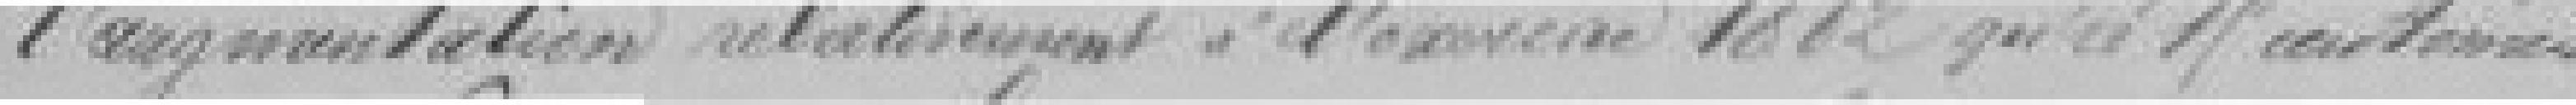
l'augmentation relativement à l'exercice 1882 qui est 19 centimes.